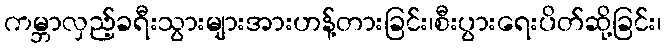
ကမ္ဘာလှည့်ခရီးသွားများအားဟန့်တားခြင်း၊စီးပွားရေးပိတ်ဆို့ခြင်း၊